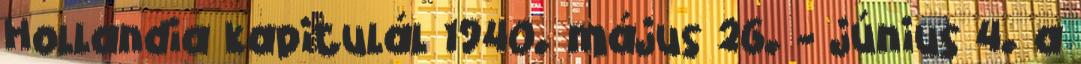
Hollandia kapitulál 1940. május 26. - június 4. a